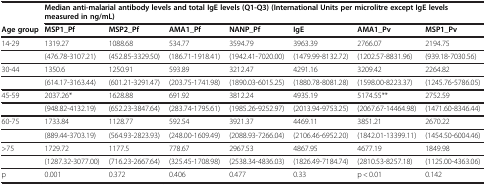
<table><thead><tr><td><b> </b></td><td colspan="7"><b>Median anti-malarial antibody levels and total IgE levels (Q1-Q3) (International Units per microlitre except IgE levels measured in ng/mL)</b></td></tr><tr><td><b>Age group</b></td><td><b>MSP1_Pf</b></td><td><b>MSP2_Pf</b></td><td><b>AMA1_Pf</b></td><td><b>NANP_Pf</b></td><td><b>IgE</b></td><td><b>AMA1_Pv</b></td><td><b>MSP1_Pv</b></td></tr></thead><tbody><tr><td>14-29</td><td>1319.27</td><td>1088.68</td><td>534.77</td><td>3594.79</td><td>3963.39</td><td>2766.07</td><td>2194.75</td></tr><tr><td> </td><td>(476.78-3107.21)</td><td>(452.85-3329.50)</td><td>(186.71-1918.41)</td><td>(1942.41-7020.00)</td><td>(1479.99-8132.72)</td><td>(1202.57-8831.96)</td><td>(939.18-7030.56)</td></tr><tr><td>30-44</td><td>1350.6</td><td>1250.91</td><td>593.89</td><td>3212.47</td><td>4291.16</td><td>3209.42</td><td>2264.82</td></tr><tr><td> </td><td>(614.17-3163.44)</td><td>(601.21-3291.47)</td><td>(203.75-1741.98)</td><td>(1890.03-6015.25)</td><td>(1880.78-8081.28)</td><td>(1598.00-8223.37)</td><td>(1245.76-5786.05)</td></tr><tr><td>45-59</td><td>2037.26*</td><td>1628.88</td><td>691.92</td><td>3812.24</td><td>4935.19</td><td>5174.55**</td><td>2752.59</td></tr><tr><td> </td><td>(948.82-4132.19)</td><td>(652.23-3847.64)</td><td>(283.74-1795.61)</td><td>(1985.26-9252.97)</td><td>(2013.94-9753.25)</td><td>(2067.67-14464.98)</td><td>(1471.60-8346.44)</td></tr><tr><td>60-75</td><td>1733.84</td><td>1128.77</td><td>592.54</td><td>3921.37</td><td>4469.11</td><td>3851.21</td><td>2670.22</td></tr><tr><td> </td><td>(889.44-3703.19)</td><td>(564.93-2823.93)</td><td>(248.00-1609.49)</td><td>(2088.93-7266.04)</td><td>(2106.46-6952.20)</td><td>(1842.01-13399.11)</td><td>(1454.50-6004.46)</td></tr><tr><td>&gt;75</td><td>1729.72</td><td>1177.5</td><td>778.67</td><td>2967.53</td><td>4867.95</td><td>4677.19</td><td>1849.98</td></tr><tr><td> </td><td>(1287.32-3077.00)</td><td>(716.23-2667.64)</td><td>(325.45-1708.98)</td><td>(2538.34-4836.03)</td><td>(1826.49-7184.74)</td><td>(2810.53-8257.18)</td><td>(1125.00-4363.06)</td></tr><tr><td>p</td><td>0.001</td><td>0.372</td><td>0.406</td><td>0.477</td><td>0.33</td><td>p &lt; 0.01</td><td>0.142</td></tr></tbody></table>